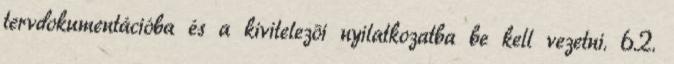
tervdokumentációba és a kivitelezõi nyilatkozatba be kell vezetni. 6.2.